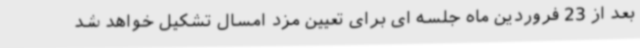
بعد از 23 فروردین ماه جلسه ای برای تعیین مزد امسال تشکیل خواهد شد